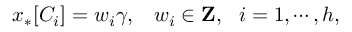
x _ { * } [ C _ { i } ] = w _ { i } \gamma , \, \, \, \, \, w _ { i } \in { \bf Z } , \, \, \, \, i = 1 , \cdots , h ,